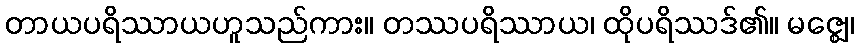
တာယပရိဿာယဟူသည်ကား။ တဿပရိဿာယ၊ ထိုပရိဿဒ်၏။ မဇ္ဈေ၊